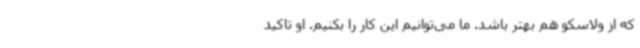
که از ولاسکو هم بهتر باشد. ما می‌توانیم این کار را بکنیم. او تاکید